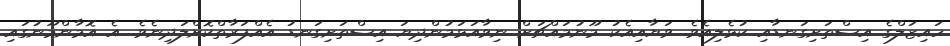
ހައިޒަލްގެ އިސްތަށިގަނޑާއި ކުޅެލިއެވެ. ވަޔާއިއެކު މޫނުމައްޗަށް ނިވާއަޅަމުންދިޔަ އިސްތަށިގަނޑު އެއްފަރާތްކޮށްލަދިނެވެ. އެ އޮމާންމޫނުގައި